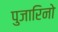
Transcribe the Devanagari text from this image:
पुजारिनो